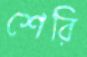
শেরি